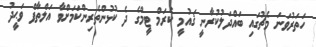
ހަތަރުވަނަ މެޗުގައި ބައްދަލުކުރާނީ ޤައުމީ ކެރަމް ޓީމްގެ ދެ ކުޅުންތެރިންކަމަށްވާ އަލްތާފް ވަޙީދު